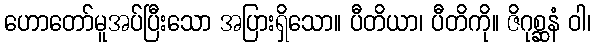
ဟောတော်မူအပ်ပြီးသော အပြားရှိသော။ ပီတိယာ၊ ပီတိကို။ ဇိဂုစ္ဆနံ ဝါ၊